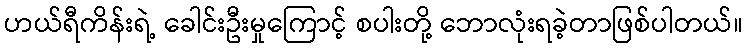
ဟယ်ရီကိန်းရဲ့ ခေါင်းဦးမှုကြောင့် စပါးတို့ ဘောလုံးရခဲ့တာဖြစ်ပါတယ်။